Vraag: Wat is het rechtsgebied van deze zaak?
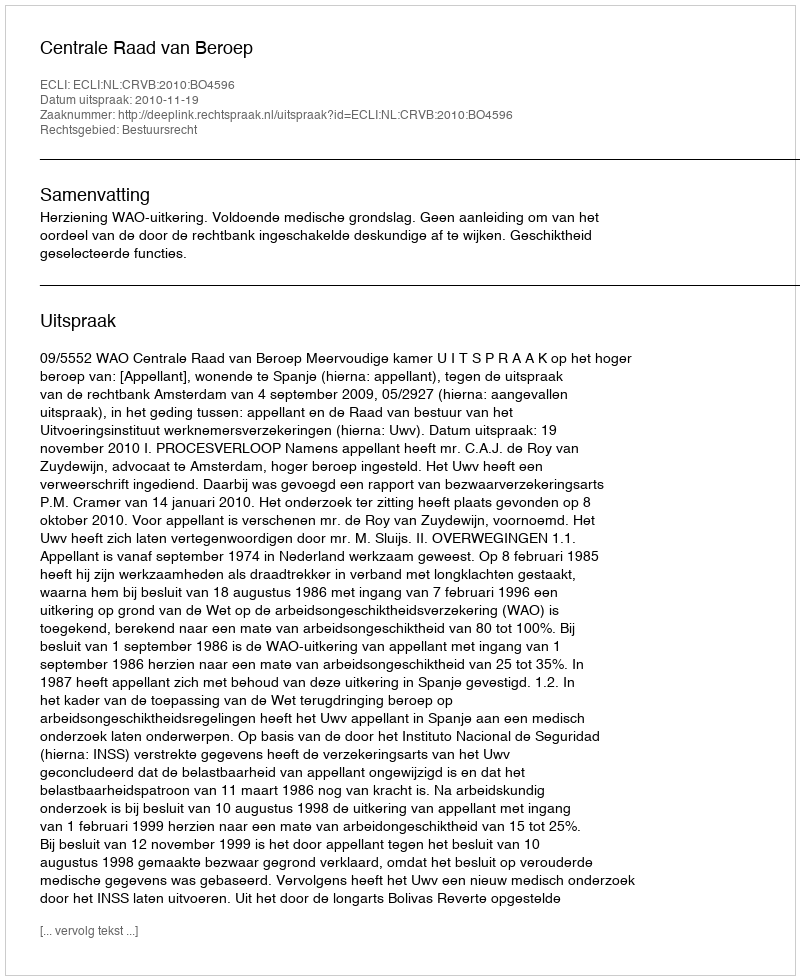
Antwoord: Bestuursrecht